Indian journal of veterinary science and animal husbandry - Volumes 15-17, 1948-1951
Year: 1948
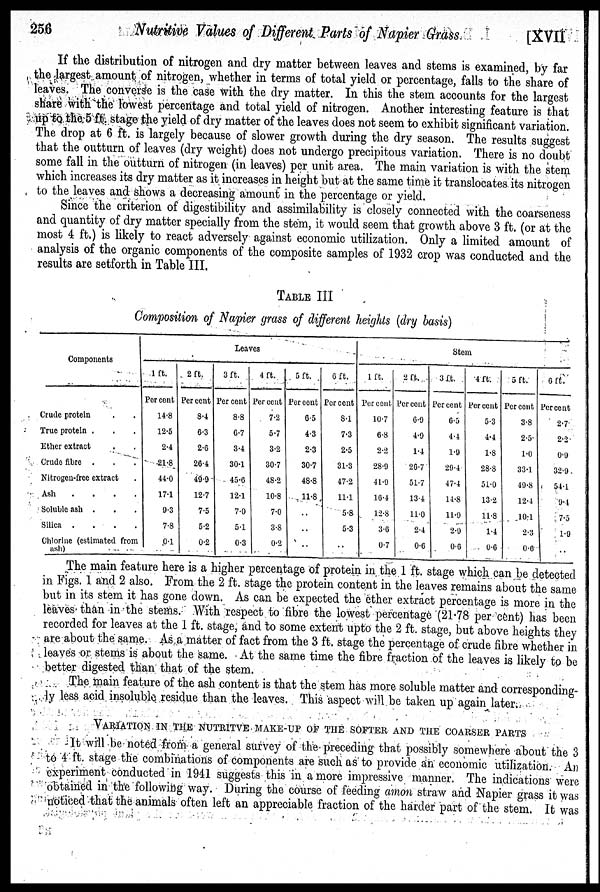
256
Nutritive Values of Different Parts of Napier Grass
[XVII
If the distribution of nitrogen and dry matter between leaves and stems is examined, by far
the largest amount of nitrogen, whether in terms of total yield or percentage, falls to the share of
leaves. The converse is the case with the dry matter. In this the stem accounts for the largest
share with the lowest percentage and total yield of nitrogen. Another interesting feature is that
up to the 5 ft stage the yield of dry matter of the leaves does not seem to exhibit significant variation.
The drop at 6 ft. is largely because of slower growth during the dry season. The results suggest
that the outturn of leaves (dry weight) does not undergo precipitous variation. There is no doubt
some fall in the outturn of nitrogen (in leaves) per unit area. The main variation is with the stem
which increases its dry matter as it increases in height but at the same time it translocates its nitrogen
to the leaves and shows a decreasing amount in the percentage or yield.
Since the criterion of digestibility and assimilability is closely connected with the coarseness
and quantity of dry matter specially from the stem, it would seem that growth above 3 ft. (or at the
most 4 ft.) is likely to react adversely against economic utilization. Only a limited amount of
analysis of the organic components of the composite samples of 1932 crop was conducted and the
results are setforth in Table III.
TABLE III
Composition of Napier grass of different heights (dry basis)
Components
Crude protein . .
True protein . . .
Ether extract . .
Crude fibre . . .
Nitrogen-free extract .
Ash
.
.
.
.
Soluble ash . . .
Silica .
.
.
.
Chlorine (estimated from
ash)
Leaves
1 ft.
Per cent
14.8
12.5
2.4
21.8
44.0
17.1
9.3
7.8
0.1
2 ft.
Per cent
8.4
6.3
2.6
26.4
49.9
12.7
7.5
5.2
0.2
3 ft.
Per cent
8.8
6.7
3.4
30.1
45.6
12.1
7.0
5.1
0.3
4 ft.
Per cent
7.2
5.7
3.2
30.7
48.2
10.8
7.0
3.8
0.2
5 ft.
Per cent
6.5
4.3
2.3
30.7
48.8
11.8
..
..
..
6 ft.
Per cent
8.1
7.3
2.5
31.3
47.2
11.1
5.8
5.3
..
Stem
1 ft.
Per cent
10.7
6.8
2.2
28.9
41.9
16.4
12.8
3.6
0.7
2 ft.
Per cent
6.9
4.9
14
26.7
51.7
13.4
11.0
2.4
0.6
3 ft.
Per cent
6.5
4.4
1.9
29.4
47.4
14.8
11.9
2.9
0.6
4 ft.
Per cent
5.3
4.4
1.8
28.8
51.0
13.2
11.8
1.4
0.6
5 ft.
Percent
3.8
2.3
1.0
33.1
49.8
12.4
10.4
2.3
0.6
6 ft.
Per cent
2.7
2.2
0.9
32.9
54.1
0.4
7.5
1.9
..
The main feature here is a higher percentage of protein in the 1 ft. stage which can be detected
in Figs. 1 and 2 also. From the 2 ft. stage the protein content in the leaves remains about the same
but in its stem it has gone down. As can be expected the ether extract percentage is more in the
leaves than in the stems. With respect to fibre the lowest percentage (21.78 per cent) has been
recorded for leaves at the 1 ft. stage, and to some extent upto the 2 ft. stage, but above heights they
are about the same. As a matter of fact from the 3 ft. stage the percentage of crude fibre whether in
leaves or stems is about the same. At the same time the fibre fraction of the leaves is likely to be
better digested than that of the stem.
The main feature of the ash content is that the stem has more soluble matter and corresponding-
ly less acid insoluble residue than the leaves. This aspect will be taken up again later.
VARIATION IN THE NUTRITVE MAKE-UP OF THE SOFTER AND THE COARSER PAR
It will be noted from a general survey of the preceding that possibly somewhere about the 3
to 4 ft. stage the combinations of components are such as to provide an economic utilization. An
experiment conducted in 1941 suggests this in a more impressive manner. The indications were
obtained in the following way. During the course of feeding amon straw and Napier grass it was
noticed that the animals often left an appreciable fraction of the harder part of the stem. It was